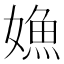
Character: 𡠵